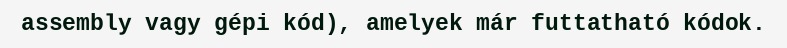
assembly vagy gépi kód), amelyek már futtatható kódok.